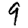
Digit: 9